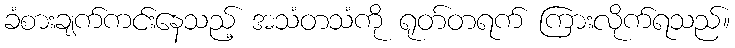
ခံစားချက်ကင်းနေသည့် အသံတသံကို ရုတ်တရက် ကြားလိုက်ရသည်။